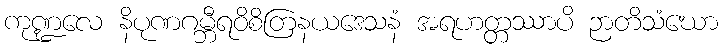
ကုဏ္ဍလေ နိပုဏဂမ္ဘီရဝိစိတြနယဒေသနံ အရဟတ္တဿာပိ ဉာတိသံဃော